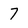
Character: 7